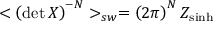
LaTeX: < \left( \operatorname * { d e t } X \right) ^ { - N } > _ { s w } = \left( 2 \pi \right) ^ { N } Z _ { \sinh }